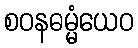
စဝနဓမ္မံယေဝ